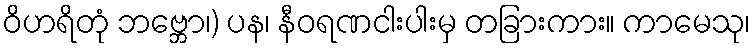
ဝိဟရိတုံ ဘဗ္ဘော၊) ပန၊ နီဝရဏငါးပါးမှ တခြားကား။ ကာမေသု၊